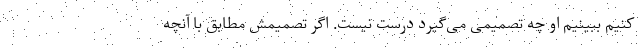
کنیم ببینیم او چه تصمیمی می‌گیرد درست نیست. اگر تصمیمش مطابق با آنچه